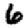
Digit: 6